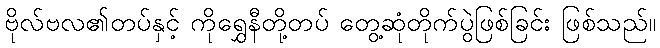
ဗိုလ်ဗလ၏တပ်နှင့် ကိုရွှေနီတို့တပ် တွေ့ဆုံတိုက်ပွဲဖြစ်ခြင်း ဖြစ်သည်။